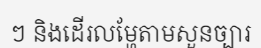
ៗ និងដើរលម្ហែតាមសួនច្បារ